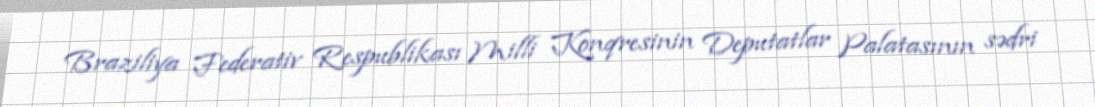
Braziliya Federativ Respublikası Milli Konqresinin Deputatlar Palatasının sədri